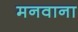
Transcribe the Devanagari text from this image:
मनवाना